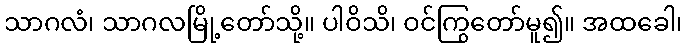
သာဂလံ၊ သာဂလမြို့တော်သို့။ ပါဝိသိ၊ ဝင်ကြွတော်မူ၍။ အထခေါ၊